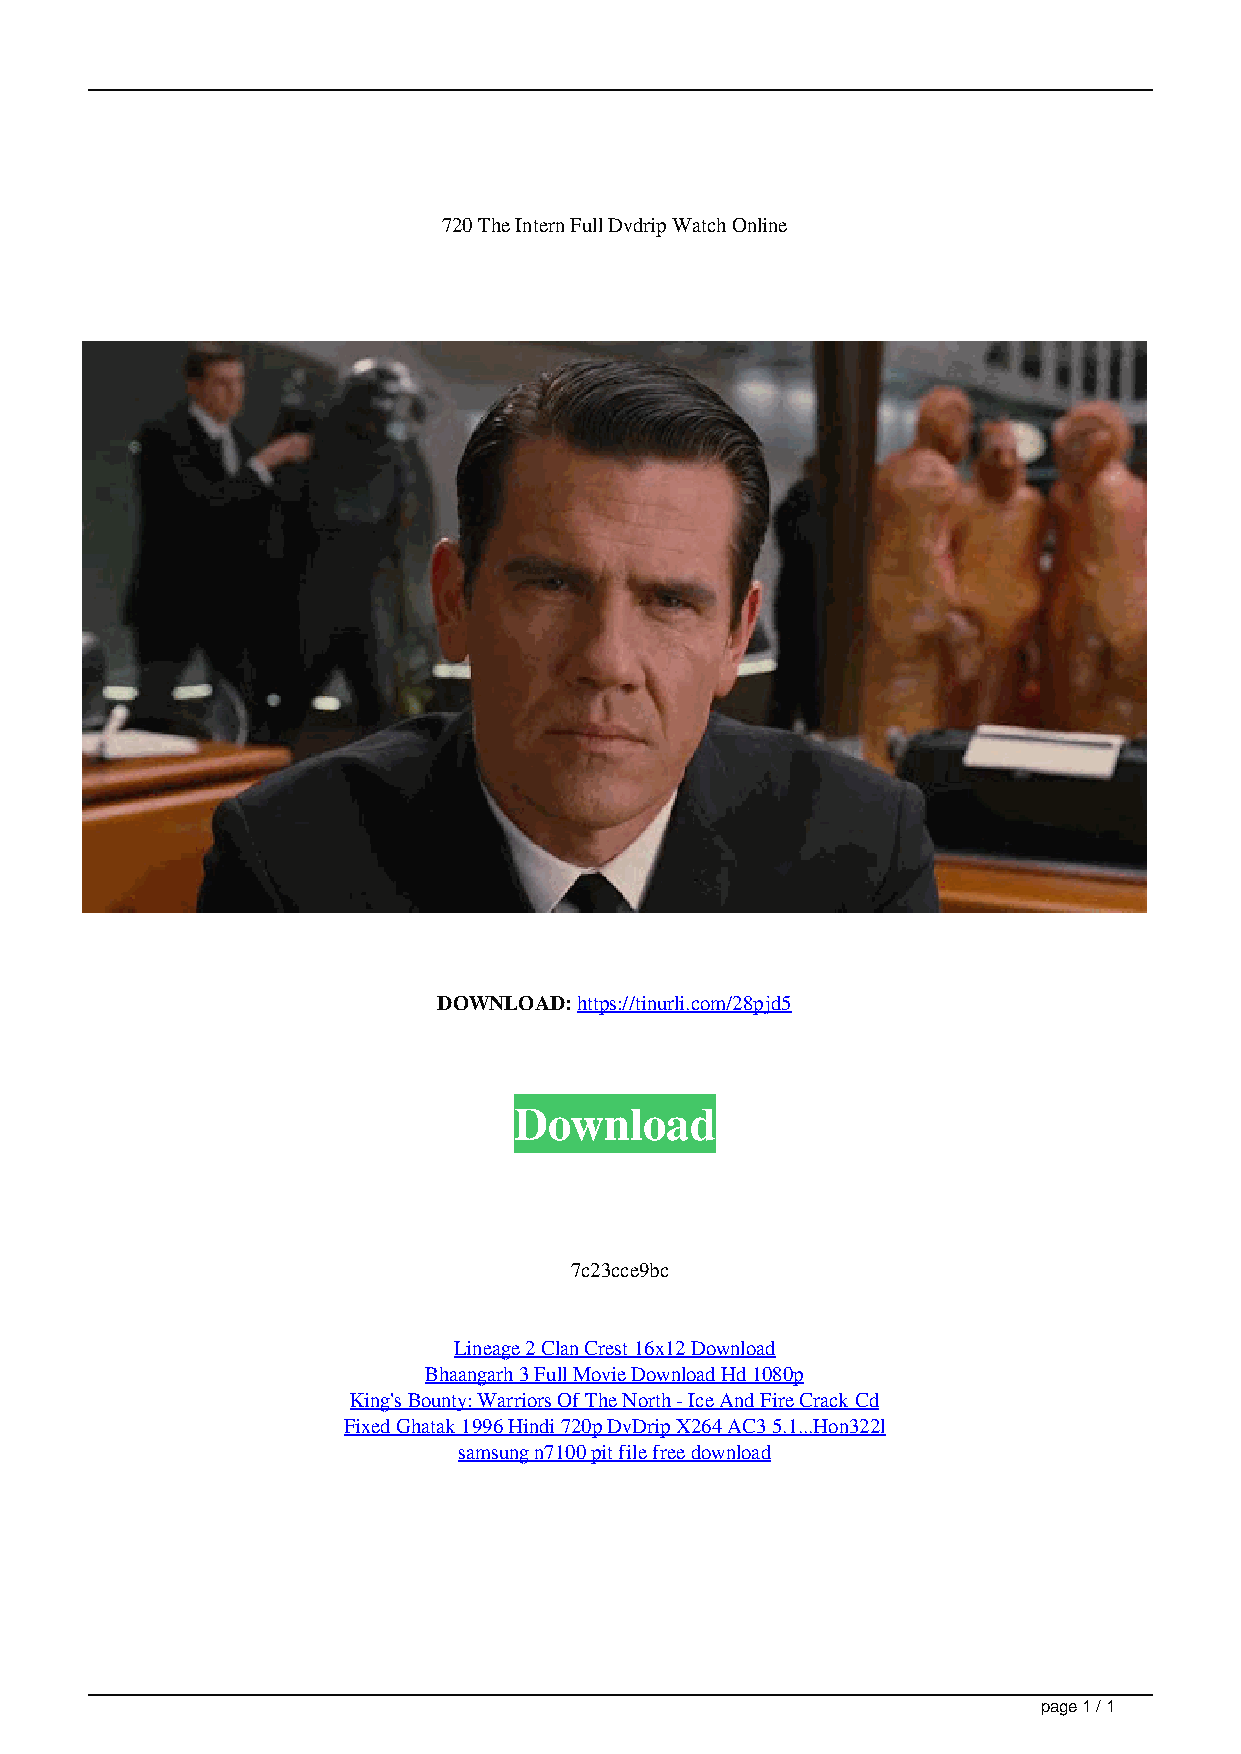
720 The Intern Full Dvdrip Watch Online
 DOWNLOAD: https://tinurli.com/28pjd5
 Download
 7c23cce9bc
 Lineage 2 Clan Crest 16x12 Download
 Bhaangarh 3 Full Movie Download Hd 1080p
 King's Bounty: Warriors Of The North - Ice And Fire Crack Cd
 Fixed Ghatak 1996 Hindi 720p DvDrip X264 AC3 5.1...Hon322l
 samsung n7100 pit file free download
 page 1 / 1
 The Intern English Full Movie Dubbed In Hindil